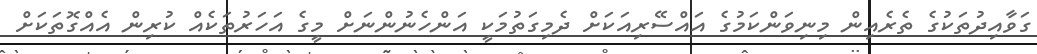
ގަވާއިދުތަކުގެ ތެރެއިން މިނިވަންކަމުގެ އައްސޭރިއަކަށް ދެމިގަތުމަކީ އަންހެނުންނަށް މީގެ އަހަރުތަކެއް ކުރިން އެއްގޮތަކަށް